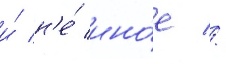
и́ н'е́ ино́е //